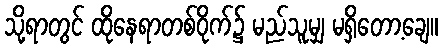
သို့ရာတွင် ထိုနေရာတစ်ဝိုက်၌ မည်သူမျှ မရှိတော့ချေ။